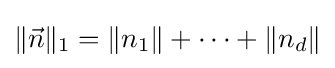
\|{\vec {n}}\|_{1}=\|n_{1}\|+\cdots +\|n_{d}\|